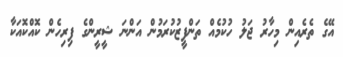
އޭގެ ތެރެއިން މިހާރު ޖަލު ހުކުމެއް ތަންފީޒުކުރަމުން އަންނަ ޝީރީންގެ ފިރިހެން ކޮއްކޮއަކާ